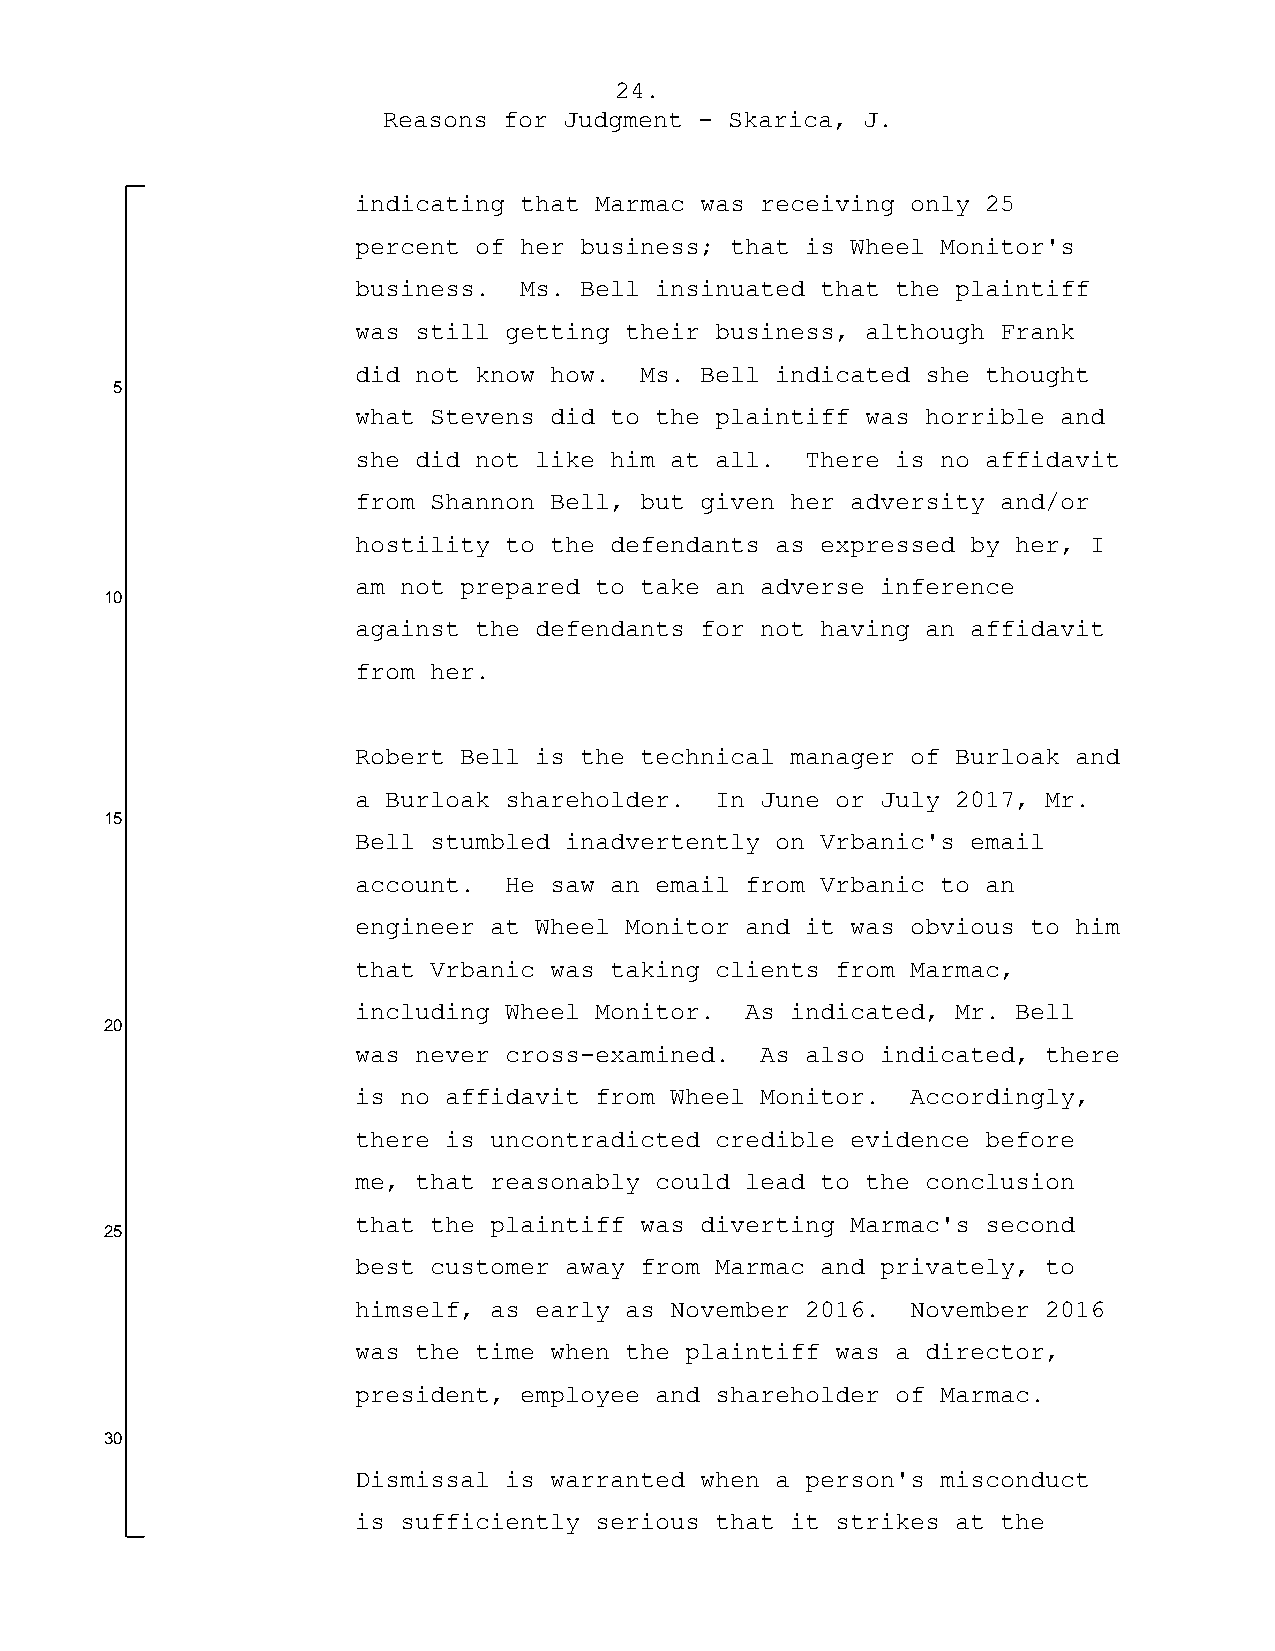
24.
 Reasons for Judgment - Skarica, J.
 indicating that Marmac was receiving only 25
 percent of her business; that is Wheel Monitor's
 business.  Ms. Bell insinuated that the plaintiff
 was still getting their business, although Frank
 did not know how.  Ms. Bell indicated she thought
 5
 what Stevens did to the plaintiff was horrible and
 she did not like him at all.  There is no affidavit
 from Shannon Bell, but given her adversity and/or
 hostility to the defendants as expressed by her, I
 am not prepared to take an adverse inference
 10
 against the defendants for not having an affidavit
 from her.
 Robert Bell is the technical manager of Burloak and
 a Burloak shareholder.  In June or July 2017, Mr.
 15
 Bell stumbled inadvertently on Vrbanic's email
 account.  He saw an email from Vrbanic to an
 engineer at Wheel Monitor and it was obvious to him
 that Vrbanic was taking clients from Marmac,
 including Wheel Monitor.  As indicated, Mr. Bell
 20
 was never cross-examined.  As also indicated, there
 is no affidavit from Wheel Monitor.  Accordingly,
 there is uncontradicted credible evidence before
 me, that reasonably could lead to the conclusion
 that the plaintiff was diverting Marmac's second
 25
 best customer away from Marmac and privately, to
 himself, as early as November 2016.  November 2016
 was the time when the plaintiff was a director,
 president, employee and shareholder of Marmac.
 30
 Dismissal is warranted when a person's misconduct
 is sufficiently serious that it strikes at the